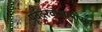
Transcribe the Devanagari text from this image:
पूर्वदरवाजापासून